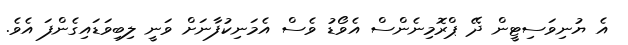
އެ ޔުނިވަސިޓީން ދޭ ޕްރޮމިނެންސް އެވޯޑު ވެސް އެމަނިކުފާނަށް ވަނީ ލިބިވަޑައިގެންފަ އެވެ.